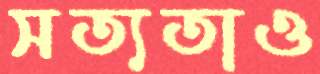
সত্যতাও